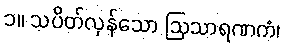
၁။ သပိတ်လှန်သော ဩသာရဏကံ၊